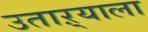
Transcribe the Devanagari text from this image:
उताऱ्याला